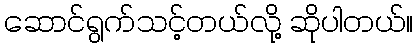
ဆောင်ရွက်သင့်တယ်လို့ ဆိုပါတယ်။